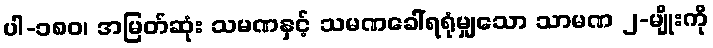
ပါ-၁၈၀၊ အမြတ်ဆုံး သမဏနှင့် သမဏခေါ်ရရုံမျှသော သာမဏ ၂-မျိုးကို